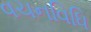
વચનવિધિ